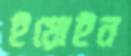
ইয়োইন